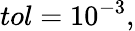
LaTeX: tol=10^{-3},